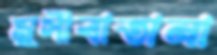
মুসীবাতানা